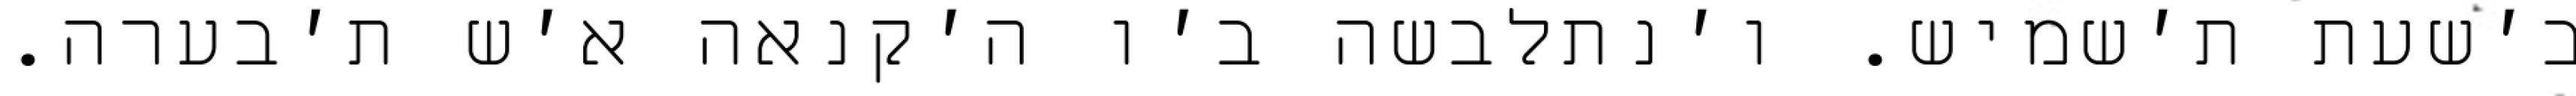
ב׳שעת ת׳שמיש. ו׳נתלבשה ב׳ו ה׳קנאה א׳ש ת׳בערה.